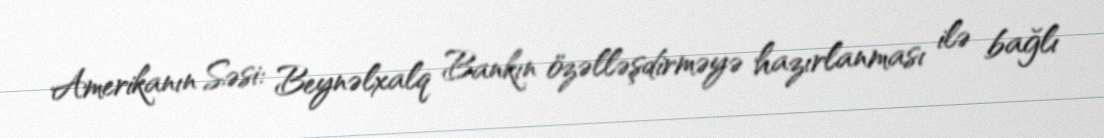
Amerikanın Səsi: Beynəlxalq Bankın özəlləşdirməyə hazırlanması ilə bağlı